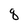
Character: q